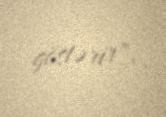
göstərir".